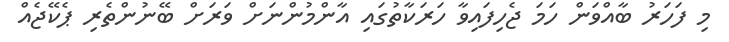
މި ފަހަރު ބާއްވަން ހަމަ ޖެހިފައިވާ ހަރަކާތުގައި އާންމުންނަށް ވަރަށް ބޭނުންތެރި ޕެކޭޖެއް